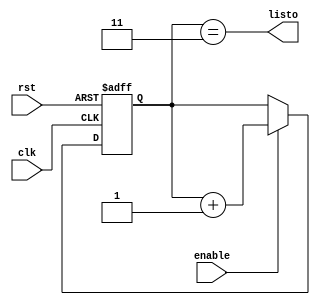
`timescale 1ns / 1ps
//////////////////////////////////////////////////////////////////////////////////
// Company: 
// Engineer: 
// 
// Design Name: 
// Module Name:    Contador4bits 
// Project Name: 
// Target Devices: 
// Tool versions: 
// Description: 
//
// Dependencies: 
//
// Revision: 
// Revision 0.01 - File Created
// Additional Comments: 
//
//////////////////////////////////////////////////////////////////////////////////
module Contador4bits(input rst, input clk, input enable, output listo);

//Temporales
reg [1:0]cuenta;
//asignacion logica


assign listo = (cuenta==2'd3);

always @(negedge clk, posedge rst)
begin
	if (rst)
		cuenta = 2'b0;
	else  if (enable)
			 	cuenta = cuenta + 2'd1;
			else
				cuenta = cuenta;
end

endmodule